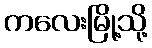
ကလေးမြို့သို့